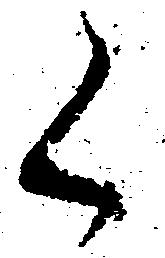
く